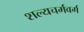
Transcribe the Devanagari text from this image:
शल्यचर्मवर्ग